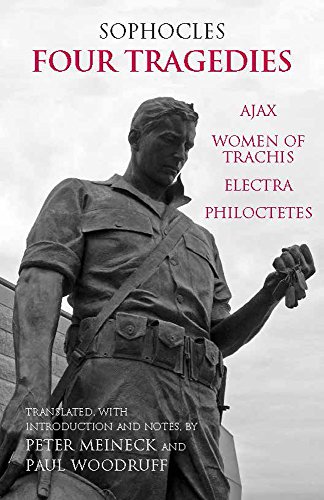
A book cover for Four Tragedies: Ajax, Women of Trachis, Electra, Philoctetes; Sophocles; Literature & Fiction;